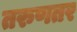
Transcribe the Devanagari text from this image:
तरुणतर